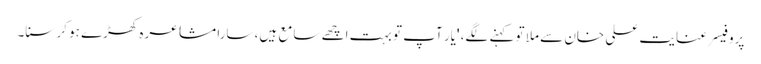
پروفیسر عنایت علی خان سے ملا تو کہنے لگے، 'یار آپ تو بہت اچھے سامع ہیں، سارا مشاعرہ کھڑے ہو کر سنا۔